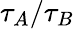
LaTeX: {\tau_{A}}/{\tau_{B}}